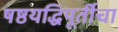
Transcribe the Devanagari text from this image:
षष्ठयद्धिपूर्तीचा